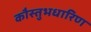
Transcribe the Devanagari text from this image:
कौस्तुभधारिण